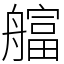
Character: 䒇